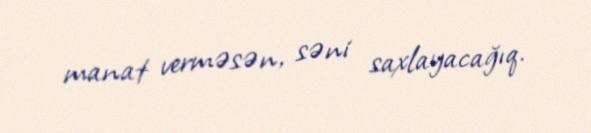
manat verməsən, səni saxlayacağıq.